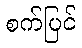
စက်ပြင်